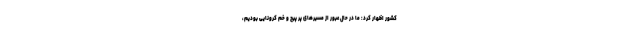
کشور اظهار کرد: ما در حال عبور از مسیر‌های پر پیچ و خم کرونایی بودیم،